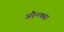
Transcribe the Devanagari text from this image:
अरैन्त्क्सा